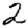
Digit: 2